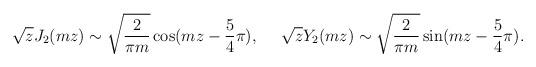
LaTeX: \begin{align*}\sqrt{z} J_2(m z) \sim \sqrt{{2 \over \pi m }} \cos(mz -{5 \over 4} \pi), ~~~~ \sqrt{z} Y_2(m z) \sim \sqrt{{2 \over \pi m }} \sin(mz -{5 \over 4} \pi).\end{align*}